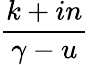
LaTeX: \frac{k+in}{\gamma-u}